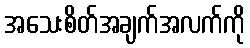
အသေးစိတ်အချက်အလက်ကို